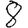
Digit: 8